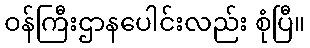
ဝန်ကြီးဌာနပေါင်းလည်း စုံပြီ။